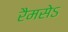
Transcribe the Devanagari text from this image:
रैमसेऽ